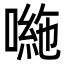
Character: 𭊠